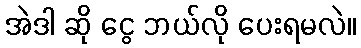
အဲဒါ ဆို ငွေ ဘယ်လို ပေးရမလဲ။